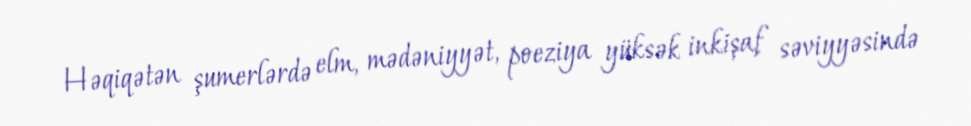
Həqiqətən şumerlərdə elm, mədəniyyət, poeziya yüksək inkişaf səviyyəsində